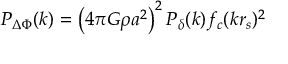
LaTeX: { \cal P } _ { \Delta \Phi } ( k ) = \left( 4 \pi G \rho a ^ { 2 } \right) ^ { 2 } { \cal P } _ { \delta } ( k ) f _ { c } ( k r _ { s } ) ^ { 2 }